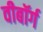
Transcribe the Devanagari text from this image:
वीबॉर्ग